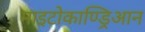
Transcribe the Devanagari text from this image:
माइटोकाण्ड्रिआन